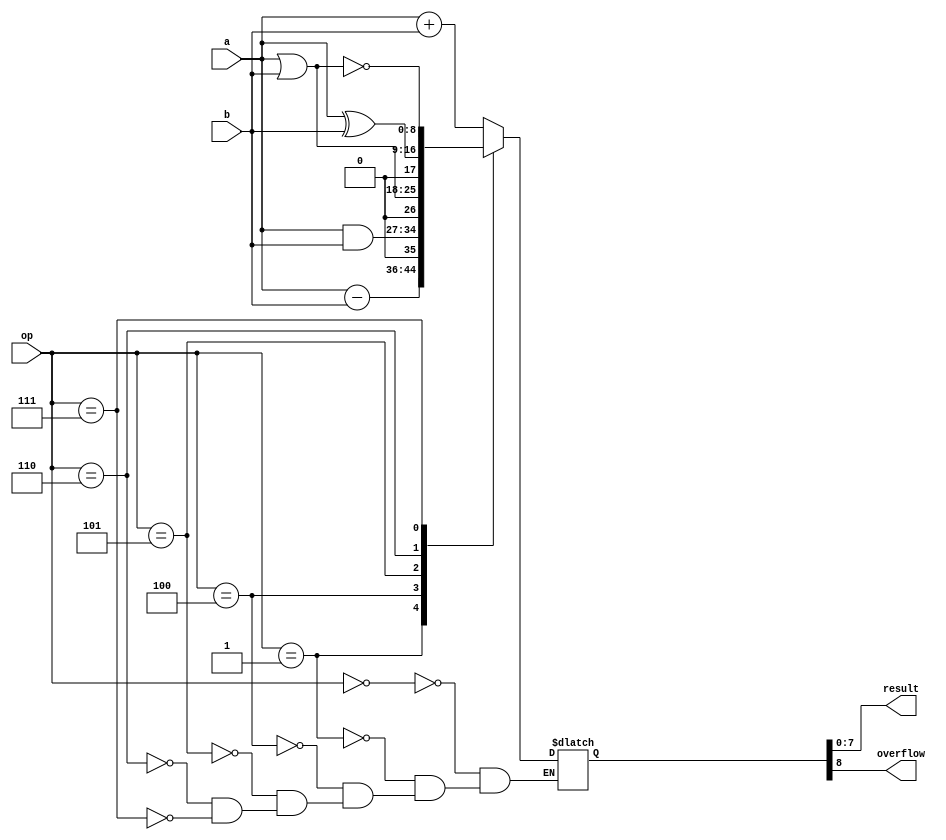

module ALU (a, b, op, result, overflow);

	input	[7:0]	a;
	input	[7:0]	b;
	input	[2:0]	op;
	output	[7:0]	result;	
	output			overflow;

	reg 	[8:0]	Result;

//==============================================================
/*			Ins.			op code	
			ADD			000				
			SUB			001
	
			AND			100
			OR			101
			XOR			110
			NOR			111 */
//==============================================================
	assign	result 	 = Result[7:0]	;						
	assign  overflow = Result[8]	;							

	always@(a or b or op)
	begin
		case(op)
			3'b000:	Result = a+b	;			// ADD
			3'b001:	Result = a-b	;			// SUB
			
			3'b100:	Result = a & b	;			// AND
			3'b101:	Result = a | b	;			// OR	
			3'b110:	Result = a ^ b	;			// XOR
			3'b111:	Result = ~( a | b )	;			// NOR
		endcase
	end
endmodule